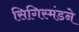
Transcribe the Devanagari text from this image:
सिगिस्मंडने